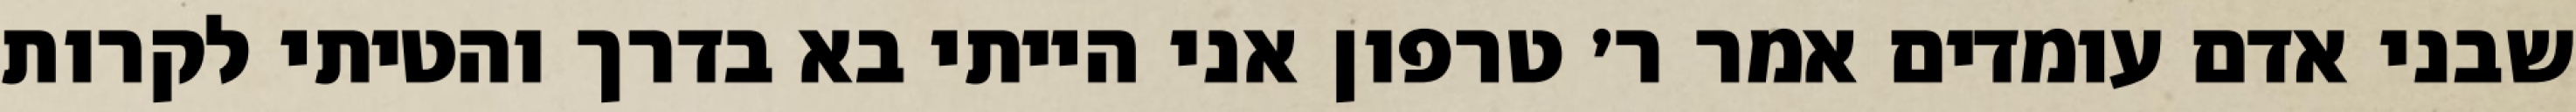
שבני אדם עומדים אמר ר׳ טרפון אני הייתי בא בדרך והטיתי לקרות